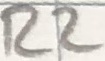
Text: R2